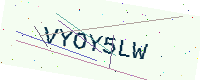
Text: VYOY5LW